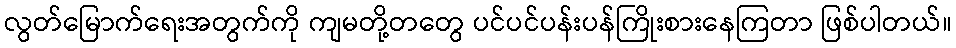
လွတ်မြောက်ရေးအတွက်ကို ကျမတို့တတွေ ပင်ပင်ပန်းပန်ကြိုးစားနေကြတာ ဖြစ်ပါတယ်။